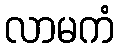
လာမကံ